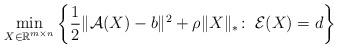
LaTeX: \begin{align*} \min_{X\in\mathbb{R}^{m\times n}}\left\{\frac{1}{2}\|\mathcal{A}(X)-b\|^2+\rho\|X\|_{*}\!:\ \mathcal{E}(X)=d\right\} \end{align*}